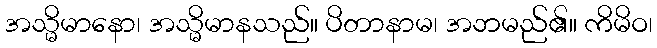
အသ္မိမာနော၊ အသ္မိမာနသည်။ ပိတာနာမ၊ အဘမည်၏။ ကိမိဝ၊